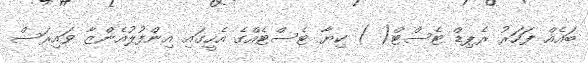
ބައެއް ފަހަރު ރެޕިޑް ޓެސްޓް( ) ކިޔާ ޓެސްޓެއްގެ އެހީގައި އިންފުލުއެންޒާ ވައިރަސް